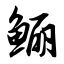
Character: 鲡